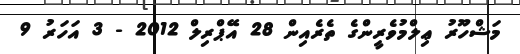
މަޝްހޫރު ޢިލްމުވެރީންގެ ތެރެއިން 28 އޭޕްރިލް 2012 - 3 އަހަރު 9